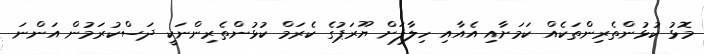
މޮޅު ކުޅުންތެރިންތަކެއް ކަމަށާއި އެއާއި ހިލާފަށް ޔޫރަޕުގެ ކެރަމް ކުޅުންތެރިންނަކީ ދަސްކުރަމުން އަންނަ